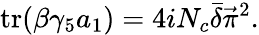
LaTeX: \mathrm{tr}(\beta\gamma_{5}a_{1})=4iN_{c}\bar{\delta}\vec{\pi}^{2}.